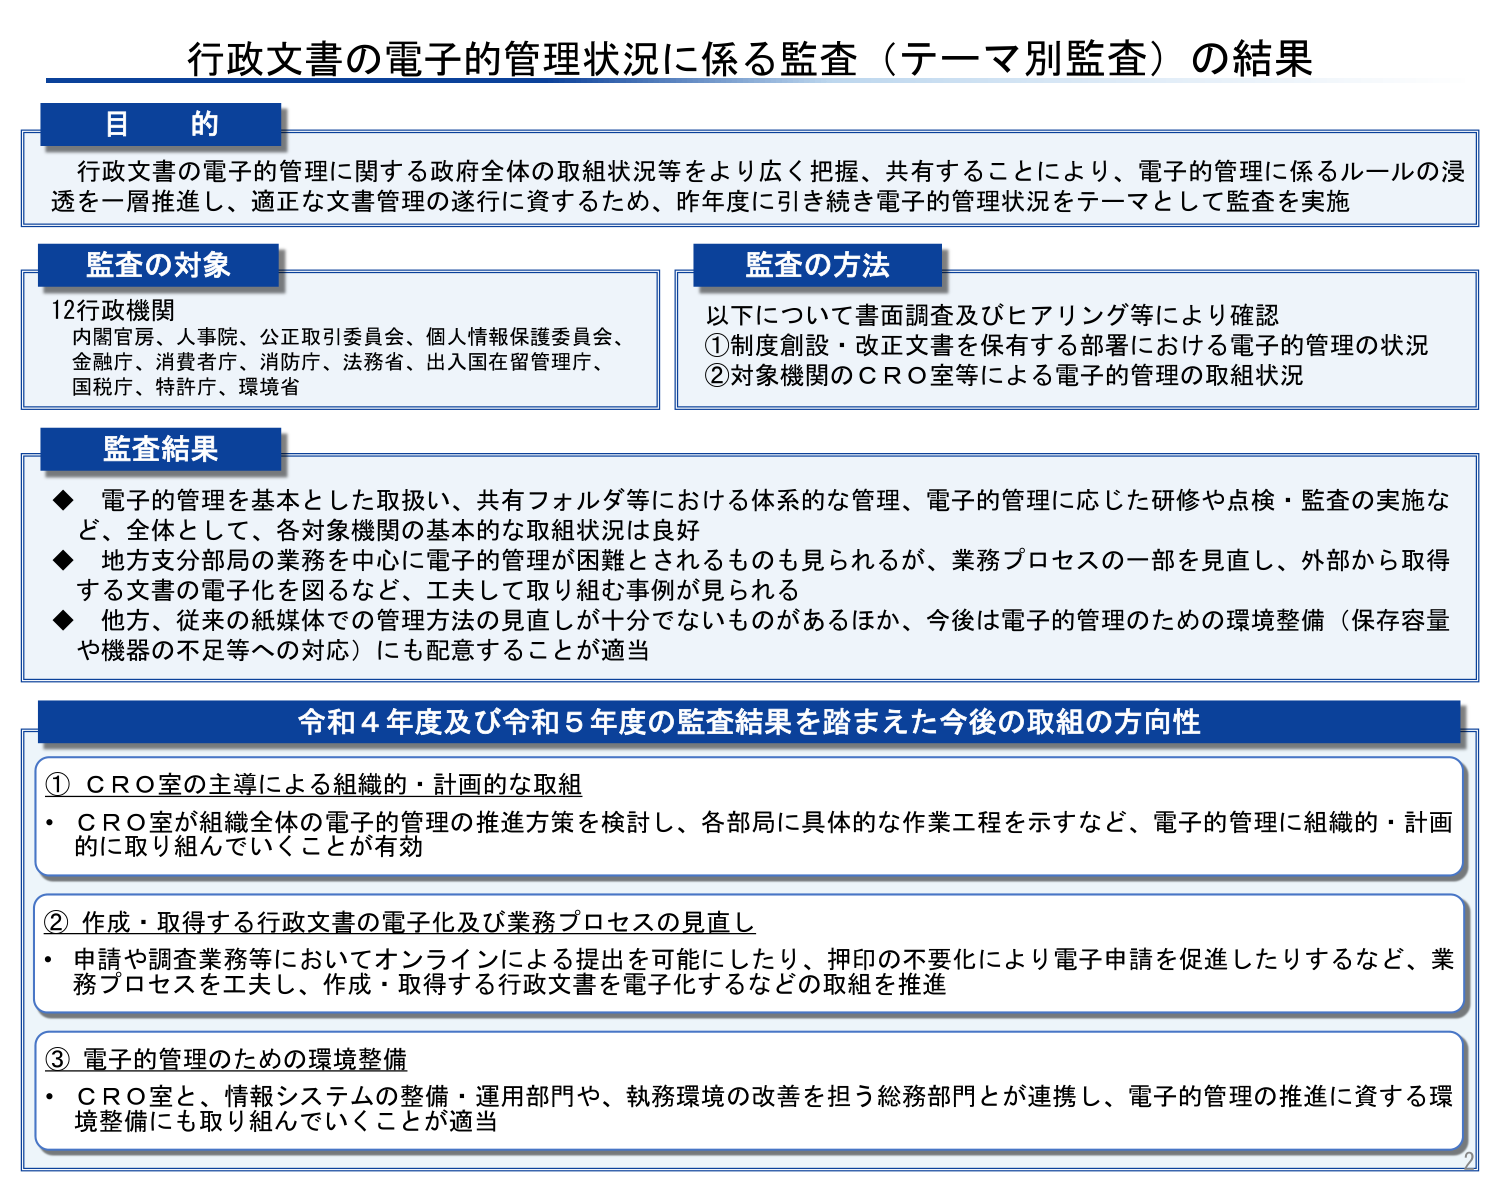
行政文書の電子的管理状況に係る監査（テーマ別監査）の結果

目的
行政文書の電子的管理に関する政府全体の取組状況等をより広く把握、共有することにより、電子的管理に係るルールの浸透を一層推進し、適正な文書管理の遂行に資するため、昨年度に引き続き電子的管理状況をテーマとして監査を実施

監査の対象
12行政機関
内閣官房、人事院、公正取引委員会、個人情報保護委員会、
金融庁、消費者庁、消防庁、法務省、出入国在留管理庁、
国税庁、特許庁、環境省

監査の方法
以下について書面調査及びヒアリング等により確認
①制度創設・改正文書を保有する部署における電子的管理の状況
②対象機関のＣＲＯ室等による電子的管理の取組状況

監査結果
◆ 電子的管理を基本とした取扱い、共有フォルダ等における体系的な管理、電子的管理に応じた研修や点検・監査の実施など、全体として、各対象機関の基本的な取組状況は良好
◆ 地方支分部局の業務を中心に電子的管理が困難とされるものも見られるが、業務プロセスの一部を見直し、外部から取得する文書の電子化を図るなど、工夫して取り組む事例が見られる
◆ 他方、従来の紙媒体での管理方法の見直しが十分でないものがあるほか、今後は電子的管理のための環境整備（保存容量や機器の不足等への対応）にも配意することが適当

令和4年度及び令和5年度の監査結果を踏まえた今後の取組の方向性

① ＣＲＯ室の主導による組織的・計画的な取組
・ＣＲＯ室が組織全体の電子的管理の推進方策を検討し、各部局に具体的な作業工程を示すなど、電子的管理に組織的・計画的に取り組んでいくことが有効

② 作成・取得する行政文書の電子化及び業務プロセスの見直し
・申請や調査業務等においてオンラインによる提出を可能にしたり、押印の不要化により電子申請を促進したりするなど、業務プロセスを工夫し、作成・取得する行政文書を電子化するなどの取組を推進

③ 電子的管理のための環境整備
・ＣＲＯ室と、情報システムの整備・運用部門や、執務環境の改善を担う総務部門とが連携し、電子的管理の推進に資する環境整備にも取り組んでいくことが適当

2